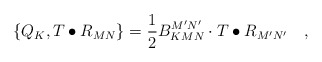
\begin{align*}\left\{ Q_K,T\bullet R_{MN}\right\} =\frac12B_{KMN}^{M^{\prime }N^{\prime }}\cdot T\bullet R_{M^{\prime }N^{\prime}}\quad ,\end{align*}